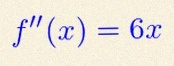
f''(x)=6x